Annual administration report of the Civil Veterinary Department of India - 1896-1897
Year: 1896
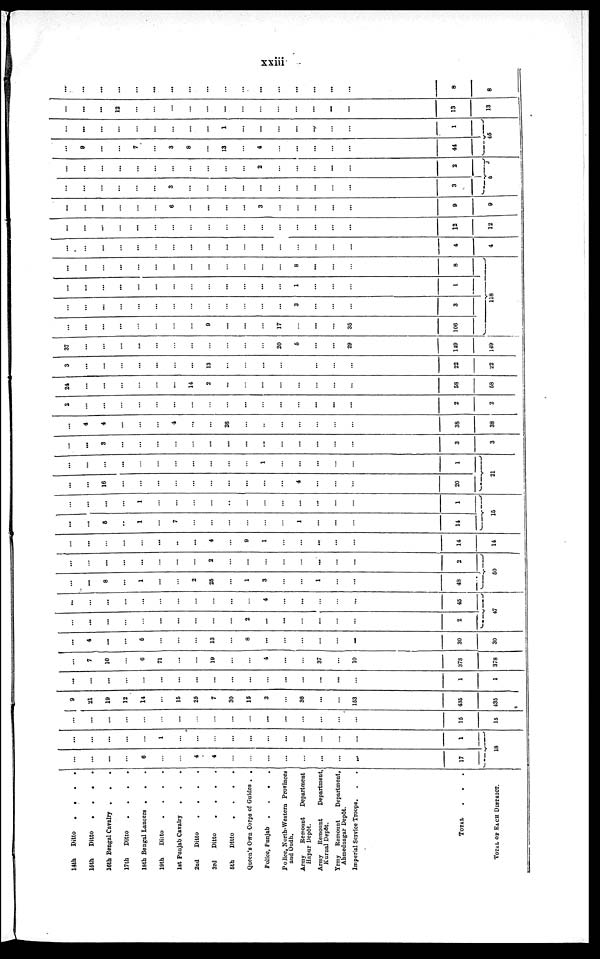
xxiii
14th
Ditto
.
.
.
.
15th
Ditto
.
.
.
.
16th Bengal Cavalry . . .
17th
Ditto
.
.
.
.
18th Bengal Lancers . . .
19th
Ditto
.
.
.
.
1st Punjab Cavalry
.
.
.
2nd
Ditto
.
.
.
.
3rd
Ditto
.
.
.
.
5th
Ditto
.
.
.
.
Queen's Own Corps of Guides . .
Police, Punjab .
.
.
.
Police, North-Western Provinces
and Oudh.
Army
Remount
Department
Hapur Depôt.
Army
Remount
Department,
Kurnal Depôt.
Yrmy Remount
Department,
Ahmednagar Depôt.
Imperial Service Troops. . .
TOTAL . . .
TOTAL OF EACH DISTRICT.
...
...
...
...
6
...
...
4
4
...
...
...
...
...
...
...
...
17
...
...
...
...
...
1
...
...
...
...
...
...
...
...
...
...
...
1
18
...
...
...
...
...
...
...
...
...
...
...
...
...
...
...
...
...
16
15
0
21
19
12
14
...
15
25
7
30
15
3
...
36
...
...
153
436
435
...
...
...
...
...
...
...
...
...
...
...
...
...
...
...
...
...
1
1
...
7
10
...
6
71
...
...
19
...
...
4
...
...
37
...
10
378
378
...
4
...
...
5
...
...
...
13
...
8
...
...
...
...
...
...
30
30
...
...
...
...
...
...
...
...
...
...
2
...
...
...
...
...
...
2
...
...
...
...
...
...
...
...
...
...
...
4
...
...
...
...
...
45
47
...
...
8
...
1
...
...
2
25
...
1
3
...
...
1
...
...
43
...
...
...
...
...
...
...
...
2
...
...
...
...
...
...
...
...
2
50
...
...
...
...
...
...
..
...
4
...
9
1
...
...
...
...
...
14
14
...
...
5
...
1
...
7
...
...
...
...
...
...
1
...
...
...
14
...
...
...
...
1
...
...
...
...
...
...
...
...
...
...
...
...
1
15
...
...
16
...
...
...
...
...
...
...
...
...
...
4
...
...
...
20
...
...
...
...
...
...
...
...
...
...
...
1
...
...
...
...
...
1
21
...
...
3
...
...
...
...
...
...
...
...
...
...
...
...
...
...
3
3
...
4
4
...
...
...
4
...
...
26
...
...
...
...
...
...
...
38
38
2
...
...
...
...
...
...
...
...
...
...
...
...
...
...
...
...
2
2
24
...
...
...
...
...
...
14
2
...
...
...
...
...
...
...
...
58
58
3
...
...
...
...
...
...
...
13
...
...
...
...
...
...
...
...
22
22
37
...
...
...
...
...
...
...
...
...
...
...
20
5
...
...
29
149
149
...
...
...
...
...
...
...
...
9
...
...
...
17
...
...
...
35
106
...
...
...
...
...
...
...
...
...
...
...
...
...
3
...
...
...
3
...
...
...
...
...
...
...
...
...
...
...
...
...
1
...
...
...
1
...
...
...
...
...
...
...
...
...
...
...
...
...
8
...
...
...
8
118
...
...
...
...
...
...
...
...
...
...
...
...
...
...
...
...
...
4
4
...
...
...
...
...
...
...
...
...
...
...
...
...
...
...
...
...
12
12
...
...
...
...
...
...
6
...
...
...
...
3
...
...
...
...
...
9
9
...
...
...
...
...
...
3
...
...
...
...
...
...
...
...
...
...
3
...
...
...
...
...
...
...
...
...
...
...
2
...
...
...
...
...
2
5
...
9
...
...
7
...
3
8
...
13
...
4
...
...
...
...
...
44
...
...
...
...
...
...
...
...
...
1
...
...
...
...
...
...
...
1
45
...
...
...
12
...
...
...
...
...
...
...
...
...
...
...
...
...
13
13
...
...
...
...
...
...
...
...
...
...
...
...
...
...
...
...
...
8
8